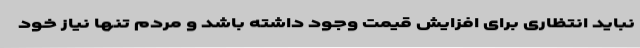
نباید انتظاری برای افزایش قیمت وجود داشته باشد و مردم تنها نیاز خود